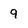
Character: 9